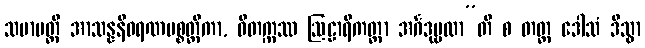
သမာပတ္တိ အာသန္နနီဝရဏပစ္စတ္ထိကာ, ဝိတက္ကဿ ဩဠာရိကတ္တာ အင်္ဂဒုဗ္ဗလာ”တိ စ တတ္ထ ဒေါသံ ဒိသွာ